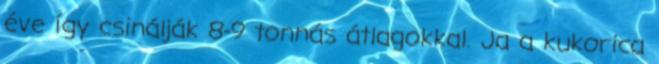
éve így csinálják 8-9 tonnás átlagokkal. Ja a kukorica